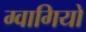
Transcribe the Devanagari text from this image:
ग्वागियो